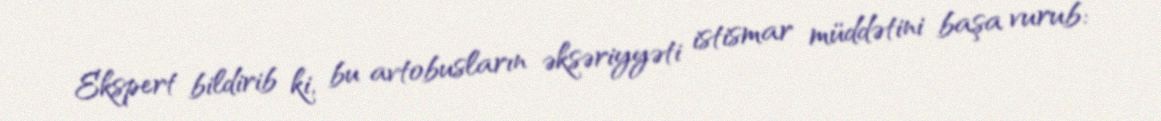
Ekspert bildirib ki, bu avtobusların əksəriyyəti istismar müddətini başa vurub: